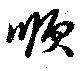
順